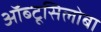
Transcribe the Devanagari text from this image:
ऑब्टूसिलोबा